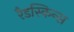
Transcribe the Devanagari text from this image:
रैडस्किन्स